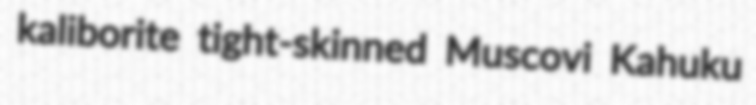
kaliborite tight-skinned Muscovi Kahuku